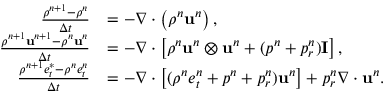
\begin{array} { r l } { \frac { \rho ^ { n + 1 } - \rho ^ { n } } { \Delta t } } & { = - \nabla \cdot \left( \rho ^ { n } \mathbf { u } ^ { n } \right) , } \\ { \frac { \rho ^ { n + 1 } \mathbf { u } ^ { n + 1 } - \rho ^ { n } \mathbf { u } ^ { n } } { \Delta t } } & { = - \nabla \cdot \left[ \rho ^ { n } \mathbf { u } ^ { n } \otimes \mathbf { u } ^ { n } + ( p ^ { n } + p _ { r } ^ { n } ) \mathbf { I } \right] , } \\ { \frac { \rho ^ { n + 1 } e _ { t } ^ { * } - \rho ^ { n } e _ { t } ^ { n } } { \Delta t } } & { = - \nabla \cdot \left[ ( \rho ^ { n } e _ { t } ^ { n } + p ^ { n } + p _ { r } ^ { n } ) \mathbf { u } ^ { n } \right] + p _ { r } ^ { n } \nabla \cdot \mathbf { u } ^ { n } . } \end{array}